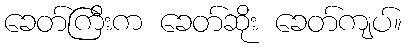
ခေတ်ကြီးက ခေတ်ဆိုး ခေတ်ကျပ်။